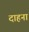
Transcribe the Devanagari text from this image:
दाहना